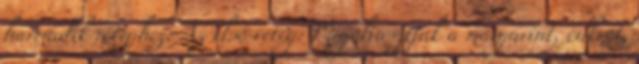
harmadik réteghez: Az első réteg: Megolvasztjuk a margarint, cukrot,